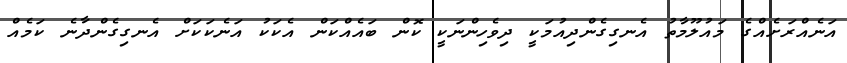
އަނެއްރަށެއްގެ މައުލޫމާތު އެނގިގެންދިއުމަކީ ދިވެހިންނަކީ ކޮން ބައެއްކަން އެކަކު އަނެކަކަށް އެނގިގެންދާނެ ކަމެއް